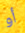
أو